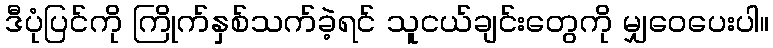
ဒီပုံပြင်ကို ကြိုက်နှစ်သက်ခဲ့ရင် သူငယ်ချင်းတွေကို မျှဝေပေးပါ။